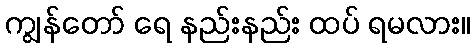
ကျွန်တော် ရေ နည်းနည်း ထပ် ရမလား။